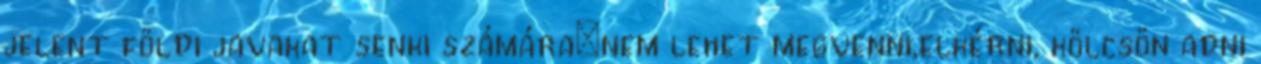
jelent földi javakat senki számára:nem lehet megvenni,elkérni, kölcsön adni